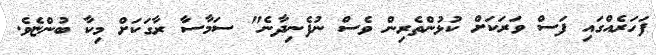
ފަހަރެއްގައި ފަސް ވަރަކަށް ކުޅުންތެރިން ވެސް ނުފެނިދާނެ" ސަމާސާ ރާގަކަށް މިކާ ބުންޏެވެ.